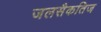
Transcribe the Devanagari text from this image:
जलसैकतिज